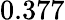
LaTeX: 0.377